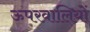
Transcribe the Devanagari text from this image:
ऊपरवालियों